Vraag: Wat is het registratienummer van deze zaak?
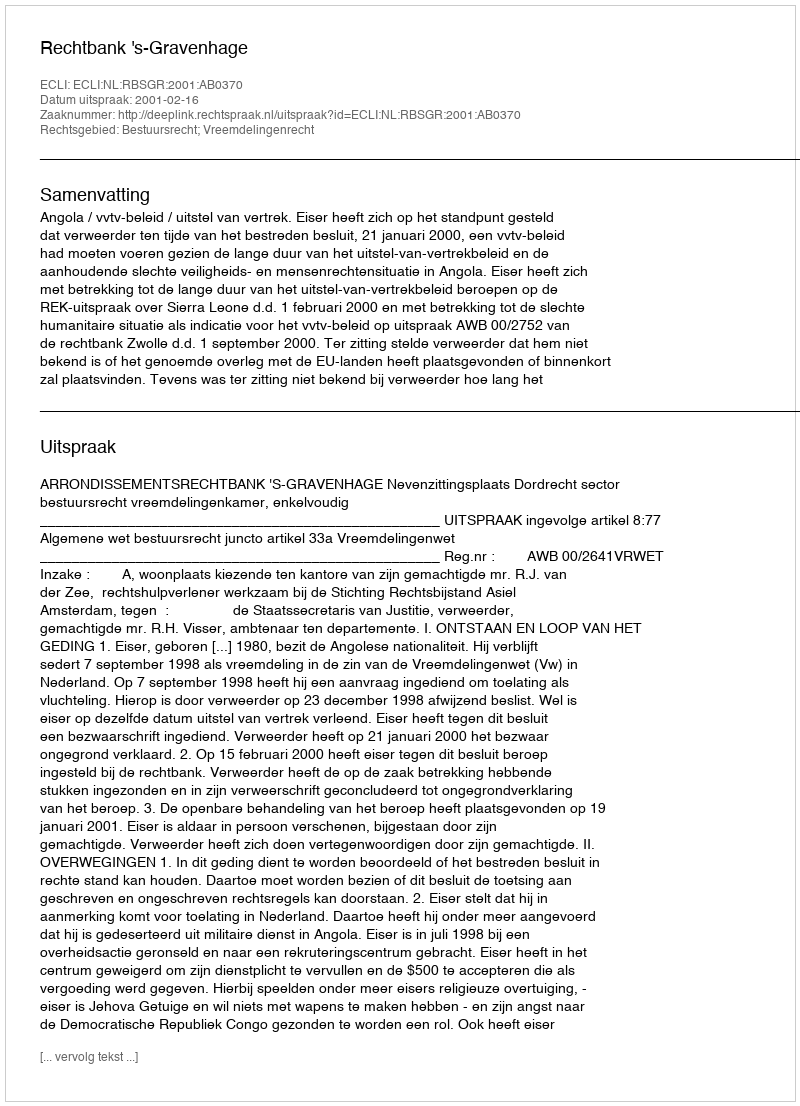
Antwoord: http://deeplink.rechtspraak.nl/uitspraak?id=ECLI:NL:RBSGR:2001:AB0370